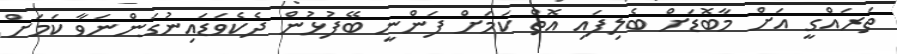
ތަރައްގީ އަށް މާބޮޑަށް ބެލިފައި އޮތް ކަމަށް ފަންނީ ބޭފުޅުން ދެކެވަޑައިނުގަންނަވާ ކަމަށް